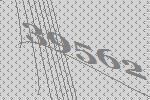
39562